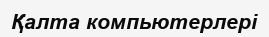
Қалта компьютерлері